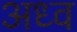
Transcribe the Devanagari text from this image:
अध्व